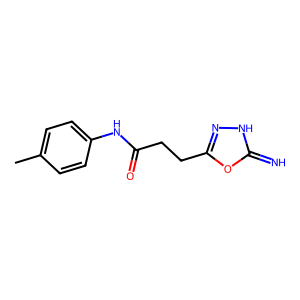
SMILES: Cc1ccc(NC(=O)CCc2n[nH]c(=N)o2)cc1
Inhibits HIV replication: No